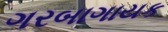
ગરબાગાયક